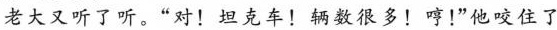
老大又听了听。“对！坦克车！辆数很多！哼！”他咬住了